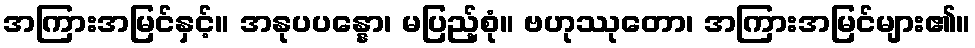
အကြားအမြင်နှင့်။ အနုပပန္နော၊ မပြည့်စုံ။ ဗဟုဿုတော၊ အကြားအမြင်များ၏။